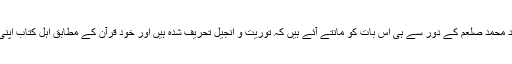
اس دلیل کے رد میں دوسرا پہلو یہ ہے کہ مسلمان خود محمد صلعم کے دور سے ہی اس بات کو مانتے آئے ہیں کہ توریت و انجیل تحریف شدہ ہیں اور خود قرآن کے مطابق اہل کتاب اپنی کتب میں اپنی مرضی سے کچھ چیزیں ملا لیتے ہیں۔